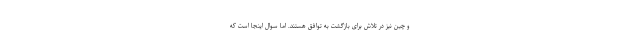
و چین نیز در تلاش برای بازگشت به توافق هستند. اما سوال اینجا است که